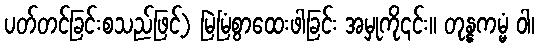
ပတ်တင်ခြင်းစသည်ဖြင့်) မြဲမြံစွာထေးဖါခြင်း အမှုကို၎င်း။ တုန္နကမ္မံ ဝါ၊